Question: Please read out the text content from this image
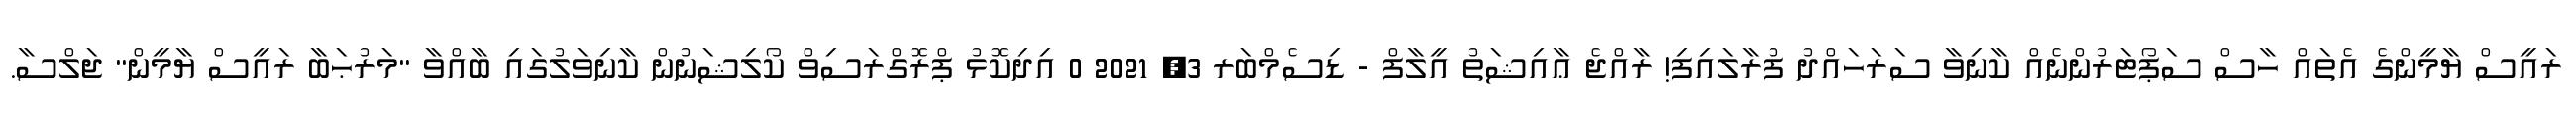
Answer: ރައީސް ޔާމީންގެ އެތައް ހާސް ސަޕޯޓަރުންނެއް ކާނިވާ ސަރަހައްދު ފުރާލައިފި! ރާއްޖެ ޢާއިޝަތު އީލާފް - ޑިސެމްބަރ 3, 2021 0 އިދިކޮޅު ޕްރޮގްރަސިވް ކޯލިޝަނުން ކާނިވަލުގައި ބާއްވާ "މަރުޙަބާ ރައީސް ޔާމީން" ޖަލްސާ.